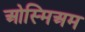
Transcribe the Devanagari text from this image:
ओस्मिअम